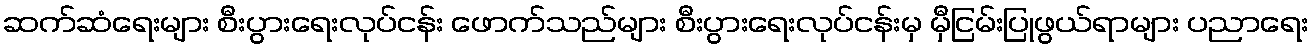
ဆက်ဆံရေးများ စီးပွားရေးလုပ်ငန်း ဖောက်သည်များ စီးပွားရေးလုပ်ငန်းမှ မှီငြမ်းပြုဖွယ်ရာများ ပညာရေး